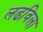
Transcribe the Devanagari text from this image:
लढविला